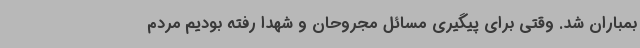
بمباران شد. وقتی برای پیگیری مسائل مجروحان و شهدا رفته بودیم مردم